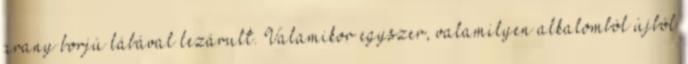
arany borjú lábával lezárult. Valamikor egyszer, valamilyen alka­lom­ból újból